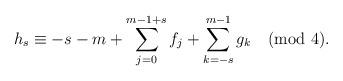
LaTeX: \begin{align*}h_s \equiv -s-m+ \sum_{j=0}^{m-1+s} f_j + \sum_{k=-s}^{m-1} g_k \pmod{4}.\end{align*}